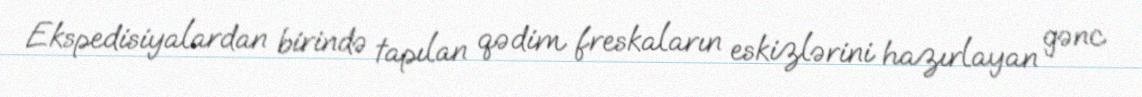
Ekspedisiyalardan birində tapılan qədim freskaların eskizlərini hazırlayan gənc